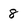
Character: 8